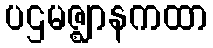
ပဌမဇ္ဈာနကထာ